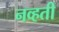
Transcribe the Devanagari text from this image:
नव्‍हती